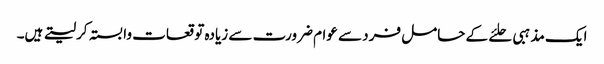
ایک مذہبی حلئے کے حامل فرد سے عوام ضرورت سے زیادہ توقعات وابستہ کرلیتے ہیں۔